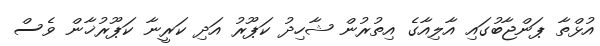
އުޅްތާ ޕަންޖާބުގައި އާލިއާގެ އިތުރުން ޝާހިދު ކަޕޫރު އަދި ކަރީނާ ކަޕޫރުޚާން ވެސް